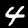
Label: 4